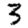
Digit: 3